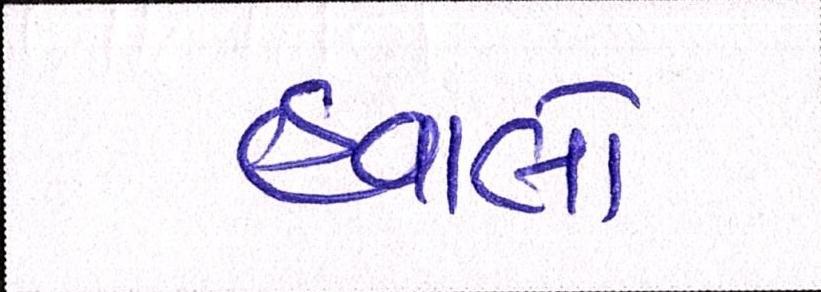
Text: હવાલો